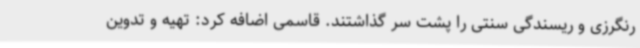
رنگرزی و ریسندگی سنتی را پشت سر گذاشتند. قاسمی اضافه کرد: تهیه و تدوین